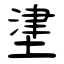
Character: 堻